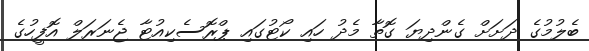
ބެލުމުގެ ދަށަށް ގެންދިޔަ ގޮތާ މެދު ހައި ކޯޓުގައި ޕްރޮސެކިއުޓާ ޖެނަރަލް އޮފީހުގެ